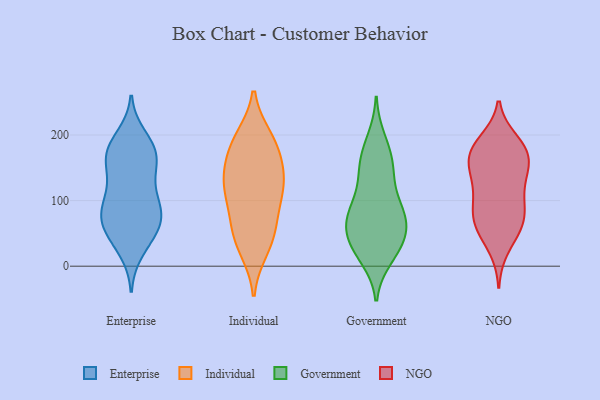
{"axis": {"x": "Conversion Rate (%)", "y": "Value"}, "legend": ["Enterprise", "Government", "Individual", "NGO"], "data": [{"x": "", "y": 170, "type": "Enterprise"}, {"x": "", "y": 177, "type": "Enterprise"}, {"x": "", "y": 154, "type": "Enterprise"}, {"x": "", "y": 72, "type": "Enterprise"}, {"x": "", "y": 165, "type": "Enterprise"}, {"x": "", "y": 78, "type": "Enterprise"}, {"x": "", "y": 90, "type": "Enterprise"}, {"x": "", "y": 112, "type": "Enterprise"}, {"x": "", "y": 84, "type": "Enterprise"}, {"x": "", "y": 65, "type": "Enterprise"}, {"x": "", "y": 44, "type": "Enterprise"}, {"x": "", "y": 120, "type": "Enterprise"}, {"x": "", "y": 197, "type": "Enterprise"}, {"x": "", "y": 42, "type": "Enterprise"}, {"x": "", "y": 177, "type": "Enterprise"}, {"x": "", "y": 180, "type": "Enterprise"}, {"x": "", "y": 139, "type": "Enterprise"}, {"x": "", "y": 86, "type": "Enterprise"}, {"x": "", "y": 24, "type": "Enterprise"}, {"x": "", "y": 63, "type": "Enterprise"}, {"x": "", "y": 192, "type": "Individual"}, {"x": "", "y": 57, "type": "Individual"}, {"x": "", "y": 127, "type": "Individual"}, {"x": "", "y": 89, "type": "Individual"}, {"x": "", "y": 37, "type": "Individual"}, {"x": "", "y": 166, "type": "Individual"}, {"x": "", "y": 148, "type": "Individual"}, {"x": "", "y": 195, "type": "Individual"}, {"x": "", "y": 184, "type": "Individual"}, {"x": "", "y": 126, "type": "Individual"}, {"x": "", "y": 26, "type": "Individual"}, {"x": "", "y": 115, "type": "Individual"}, {"x": "", "y": 119, "type": "Individual"}, {"x": "", "y": 59, "type": "Individual"}, {"x": "", "y": 71, "type": "Government"}, {"x": "", "y": 79, "type": "Government"}, {"x": "", "y": 66, "type": "Government"}, {"x": "", "y": 39, "type": "Government"}, {"x": "", "y": 13, "type": "Government"}, {"x": "", "y": 131, "type": "Government"}, {"x": "", "y": 154, "type": "Government"}, {"x": "", "y": 95, "type": "Government"}, {"x": "", "y": 45, "type": "Government"}, {"x": "", "y": 193, "type": "Government"}, {"x": "", "y": 67, "type": "Government"}, {"x": "", "y": 89, "type": "Government"}, {"x": "", "y": 27, "type": "Government"}, {"x": "", "y": 78, "type": "Government"}, {"x": "", "y": 139, "type": "Government"}, {"x": "", "y": 177, "type": "Government"}, {"x": "", "y": 20, "type": "Government"}, {"x": "", "y": 159, "type": "Government"}, {"x": "", "y": 35, "type": "Government"}, {"x": "", "y": 27, "type": "NGO"}, {"x": "", "y": 173, "type": "NGO"}, {"x": "", "y": 134, "type": "NGO"}, {"x": "", "y": 191, "type": "NGO"}, {"x": "", "y": 150, "type": "NGO"}, {"x": "", "y": 85, "type": "NGO"}, {"x": "", "y": 65, "type": "NGO"}, {"x": "", "y": 122, "type": "NGO"}, {"x": "", "y": 175, "type": "NGO"}, {"x": "", "y": 181, "type": "NGO"}, {"x": "", "y": 158, "type": "NGO"}, {"x": "", "y": 164, "type": "NGO"}, {"x": "", "y": 140, "type": "NGO"}, {"x": "", "y": 94, "type": "NGO"}, {"x": "", "y": 53, "type": "NGO"}, {"x": "", "y": 71, "type": "NGO"}, {"x": "", "y": 107, "type": "NGO"}, {"x": "", "y": 79, "type": "NGO"}, {"x": "", "y": 55, "type": "NGO"}, {"x": "", "y": 186, "type": "NGO"}]}